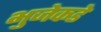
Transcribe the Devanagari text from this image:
भुजेकडे